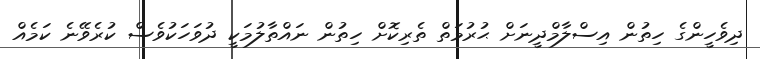
ދިވެހީންގެ ހިތުން އިސްލާމްދީނަށް ޙުރުމަތް ތެރިކޮށް ހިތުން ނައްތާލުމަކީ ދުވަހަކުވެސް ކުރެވޭނެ ކަމެއް